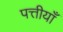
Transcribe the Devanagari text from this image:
पत्तीयाँ